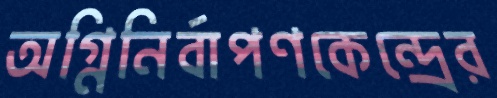
অগ্নিনির্বাপণকেন্দ্রের